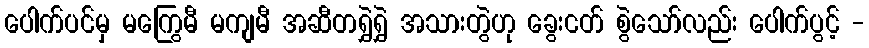
ပေါက်ပင်မှ မကြွေမီ မကျမီ အဆီတရွှဲရွှဲ အသားတွဲဟု ခွေးငတ် စွဲသော်လည်း ပေါက်ပွင့် -